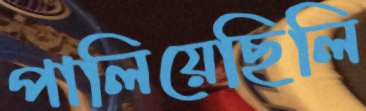
পালিয়েছিলি